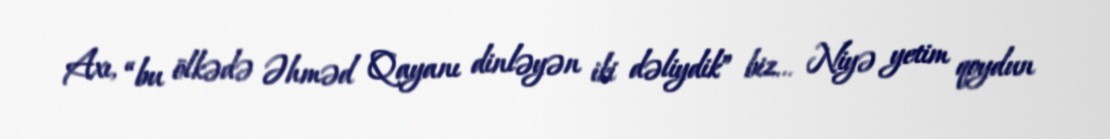
Axı, “bu ölkədə Əhməd Qayanı dinləyən iki dəliydik” biz... Niyə yetim qoydun